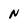
Character: N